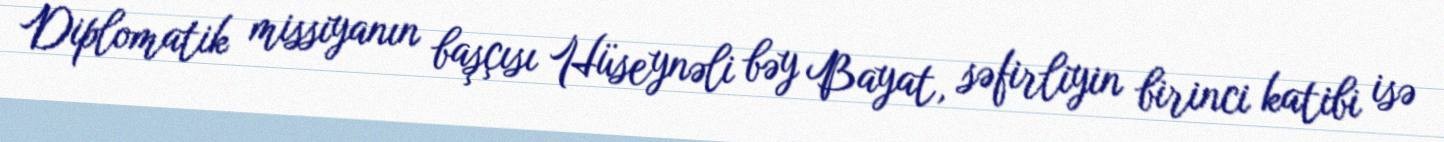
Diplomatik missiyanın başçısı Hüseynəli bəy Bayat, səfirliyin birinci katibi isə